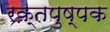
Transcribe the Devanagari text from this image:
रक्तपुष्पक